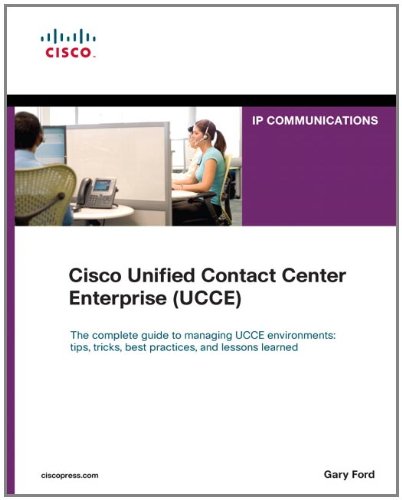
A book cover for Cisco Unified Contact Center Enterprise (UCCE) (Networking Technology: IP Communications); Gary Ford; Computers & Technology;